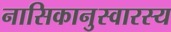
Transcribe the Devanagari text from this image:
नासिकानुस्वारस्य